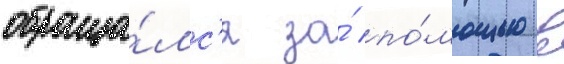
обраща́лс'я за́ по́мощью в